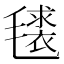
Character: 𭯧